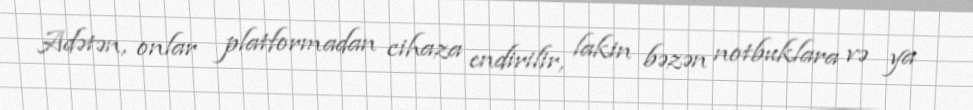
Adətən, onlar platformadan cihaza endirilir, lakin bəzən notbuklara və ya